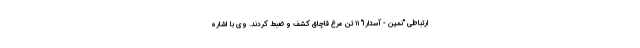
ارتباطی "نمین - آستارا" ۱۱ تن مرغ قاچاق کشف و ضبط کردند. وی با اشاره